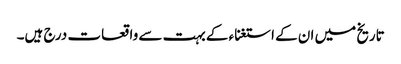
تاریخ میں ان کے استغناء کے بہت سے واقعات درج ہیں۔